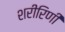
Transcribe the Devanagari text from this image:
शरीरिणी